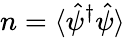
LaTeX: n=\langle\hat{\psi}^{\dagger}\hat{\psi}\rangle